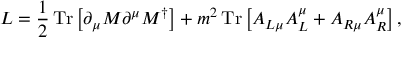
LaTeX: L = \frac { 1 } { 2 } \, \mathrm { T r } \left[ \partial _ { \mu } M \partial ^ { \mu } M ^ { \dagger } \right] + m ^ { 2 } \, \mathrm { T r } \left[ A _ { L \mu } A _ { L } ^ { \mu } + A _ { R \mu } A _ { R } ^ { \mu } \right] ,